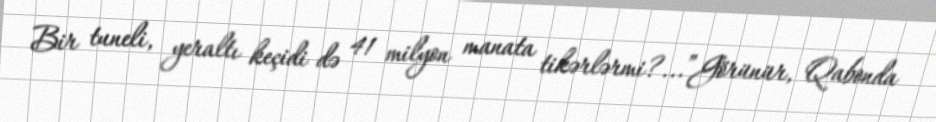
Bir tuneli, yeraltı keçidi də 41 milyon manata tikərlərmi?...”Görünür, Qabonda